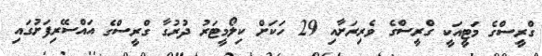
ގްރީސްގެ މަޓީއަކީ ގްރީސްގެ ވެރިރަށާއި 29 ހަކަށް ކިލޯމީޓަރު ދުރުގާ ގްރީސްގެ އައްސޭރިފަށުގައި